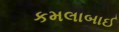
કમલાબાઈ